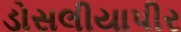
ડોસલીયાપીર